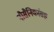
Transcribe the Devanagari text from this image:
नौसैनिकांसह